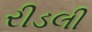
રીડલી